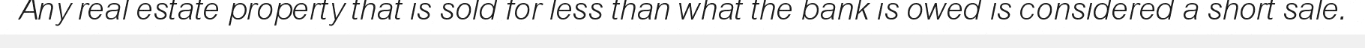
Any real estate property that is sold for less than what the bank is owed is considered a short sale.